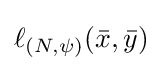
\ell _{(N,\psi )}({\bar {x}},{\bar {y}})